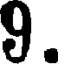
9.